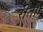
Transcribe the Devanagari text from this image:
रीतौ